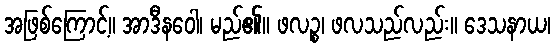
အဖြစ်ကြောင့်။ အာဒီနဝေါ၊ မည်၏။ ဖလဉ္စ၊ ဖလသည်လည်း။ ဒေသနာယ၊